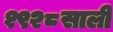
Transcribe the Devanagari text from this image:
१९२८साली